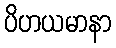
ပိဟယမာနာ